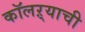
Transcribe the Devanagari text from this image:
कॉलऱ्याची